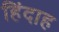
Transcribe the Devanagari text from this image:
हिंदाह